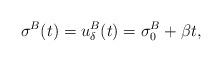
LaTeX: \begin{align*}\sigma^B(t)=u_\delta^{B}(t)=\sigma_{0}^{B}+\beta t,\end{align*}